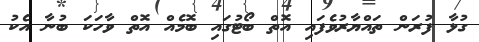
ގުޅާ ފުރަން ތައްޔާރުވެފައި އޮތް ބޯޓުގައި ބޮމެއް އޮތް ވާހަކަ ބުނާ އެކު